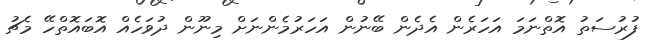
ފުރުސަތު އޮތްނަމަ އަހަރެން އެދެން ބޭނުން އަހަރުމެންނަަށް މިނޫން ދުވަހެއް އޮބައޮތްހޭ މެޗު